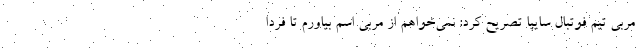
مربی تیم فوتبال سایپا تصریح کرد: نمی‌خواهم از مربی اسم بیاورم تا فردا